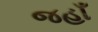
જહાઁ